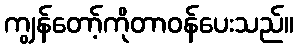
ကျွန်တော့်ကိုတာဝန်ပေးသည်။